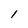
Character: 1